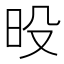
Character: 𰕶